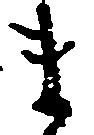
ま